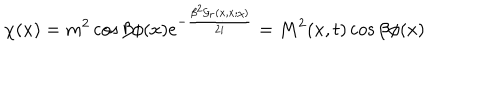
\chi ( x ) = m ^ { 2 } \cos \beta \phi ( x ) e ^ { - \frac { \beta ^ { 2 } { \cal G } _ { r } ( x , x ; \chi ) } { 2 i } } = M ^ { 2 } ( x , t ) \cos \beta \phi ( x )